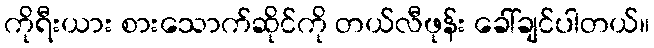
ကိုရီးယား စားသောက်ဆိုင်ကို တယ်လီဖုန်း ခေါ်ချင်ပါတယ်။